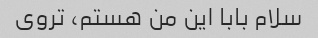
سلام بابا این من هستم، تروی